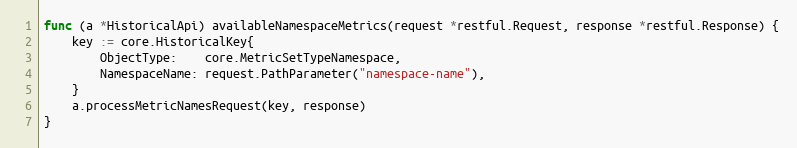
Language: Go
func (a *HistoricalApi) availableNamespaceMetrics(request *restful.Request, response *restful.Response) {
	key := core.HistoricalKey{
		ObjectType:    core.MetricSetTypeNamespace,
		NamespaceName: request.PathParameter("namespace-name"),
	}
	a.processMetricNamesRequest(key, response)
}